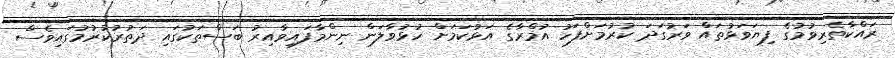
ރައްކާތެރިވުމުގެ ފިޔަވަޅުތައް ވަރުގަދަ ކުރުމަށްފަހު އުމްރާގެ އަޅުކަމަށް ހުޅުވާލަން ނިންމާފައިވާއިރު ބަސްތަކުގައި ދަތުރުކުރުމުގައިވެސް